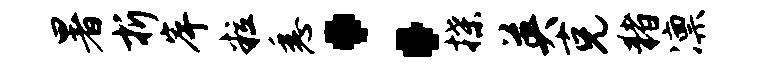
暑折岸粒悉：揲英克猪凛